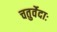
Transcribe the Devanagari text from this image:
चतुर्वेदाः